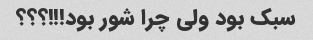
سبک بود ولی چرا شور بود!!!؟؟؟